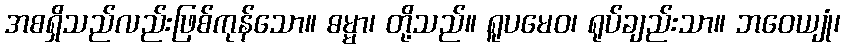
အစရှိသည်လည်းဖြစ်ကုန်သော။ ဓမ္မာ၊ တို့သည်။ ရူပမေဝ၊ ရုပ်ချည်းသာ။ ဘဝေယျုံ၊